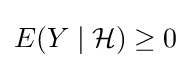
E(Y\mid {\mathcal {H}})\geq 0